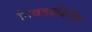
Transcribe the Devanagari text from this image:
निवडप्रक्रियेत